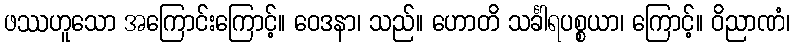
ဖဿဟူသော အကြောင်းကြောင့်။ ဝေဒနာ၊ သည်။ ဟောတိ သင်္ခါရပစ္စယာ၊ ကြောင့်။ ဝိညာဏံ၊